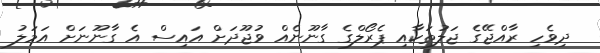
ދިވެހި ރާއްޖޭގެ ޖަލުތަކާއި ޕެރޯލްގެ ގާނޫނެއް ވުޖޫދަށް އައިސް އެ ގާނޫނަށް އަމަލު